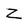
Character: Z